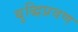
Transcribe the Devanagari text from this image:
बुद्धिप्रवण